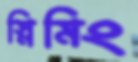
স্নিমিং